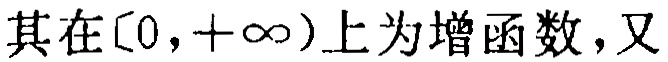
其在\([0,+\infty)\)上为增函数，又